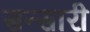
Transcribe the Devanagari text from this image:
सन्सारी